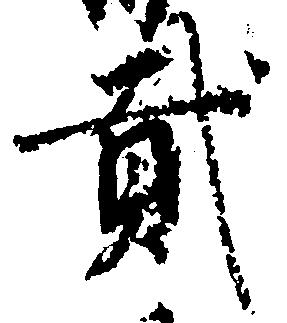
弐